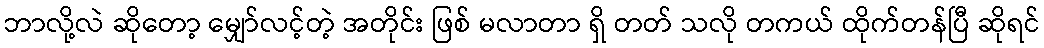
ဘာလို့လဲ ဆိုတော့ မျှော်လင့်တဲ့ အတိုင်း ဖြစ် မလာတာ ရှိ တတ် သလို တကယ် ထိုက်တန်ပြီ ဆိုရင်